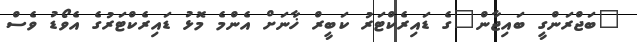
"ބަޖްރަންގީ ބައިޖާން"ގެ ޑައިރެކްޓަރު ކަބީރް ޚާނަށް އެންމެ މޮޅު ޑައިރެކްޓަރުގެ އެވޯޑު ވެސް